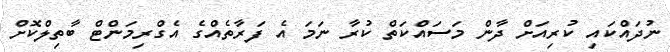
ނުދައްކައި ކުރިއަށް ދާން މަސައްކަތް ކުރާ ނަމަ އެ ފަރާތެއްގެ އެގްރިމަންޓް ބާތިލްކޮށް